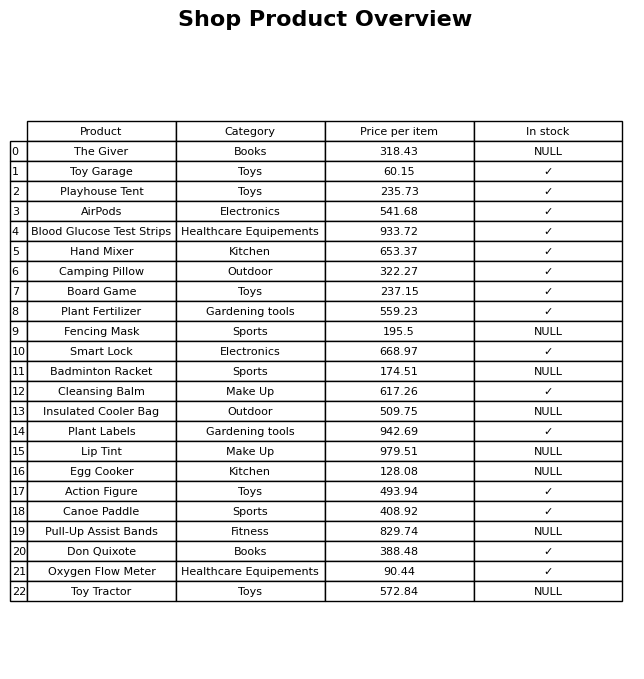
question: What is the price of the Camping Pillow?
answer: The price of Camping Pillow is 322.27.